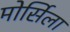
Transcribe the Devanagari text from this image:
मोर्सिला